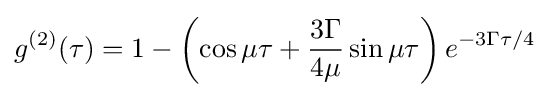
g^{(2)}(\tau )=1-\left(\cos \mu \tau +{\frac {3\Gamma }{4\mu }}\sin \mu \tau \right)e^{-3\Gamma \tau /4}